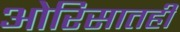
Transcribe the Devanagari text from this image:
ओरिसातही